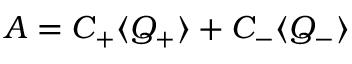
A = C _ { + } \langle Q _ { + } \rangle + C _ { - } \langle Q _ { - } \rangle